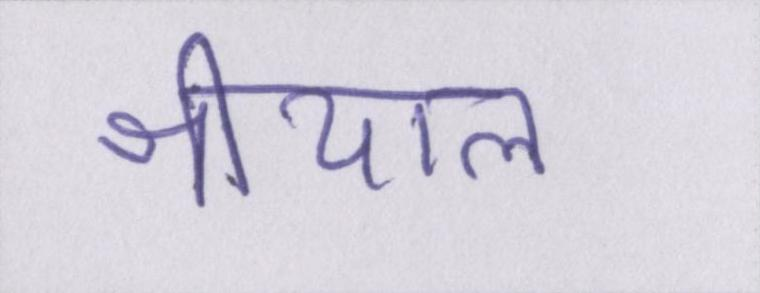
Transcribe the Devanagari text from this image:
श्रीयाल